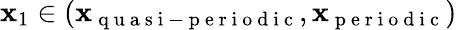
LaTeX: \mathbf{x}_{1}\in(\mathbf{x}_{\mathrm{{~q~u~a~s~i~-~p~e~r~i~o~d~i~c~}}},\mathbf{x}_{\mathrm{{~p~e~r~i~o~d~i~c~}}})